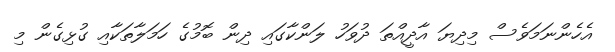
އެހެންނަމަވެސް މިދިޔަ އާދީއްތަ ދުވަހު ލަންކާގައި ދިން ބޮމުގެ ހަމަލާތަކާއި ގުޅިގެން މި